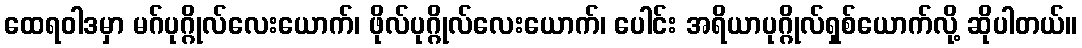
ထေရဝါဒမှာ မဂ်ပုဂ္ဂိုလ်လေးယောက်၊ ဖိုလ်ပုဂ္ဂိုလ်လေးယောက်၊ ပေါင်း အရိယာပုဂ္ဂိုလ်ရှစ်ယောက်လို့ ဆိုပါတယ်။